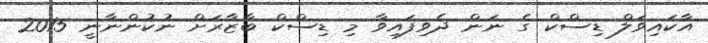
އާކައިވަލް ޑިސްކް ގެ ނަން ދެވިފައިވާ މި ޑިސްކް ބާޒާރަށް ނުކުންނާނީ 2015